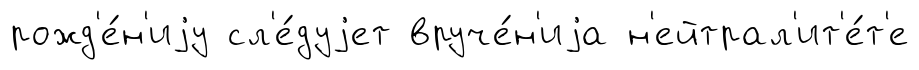
рожд'е́н'иjу сл'е́дуjет вруче́н'иjа н'ейтрал'ит'е́т'е